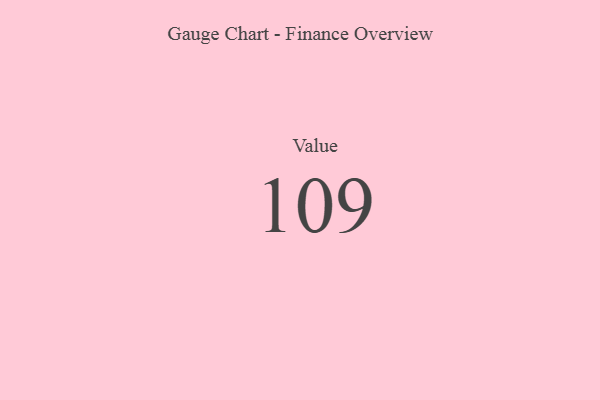
{"axis": {"x": "Metric", "y": "Value"}, "legend": [""], "data": [{"x": "Value", "y": 109, "type": ""}]}